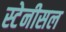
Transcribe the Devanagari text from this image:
स्टेनीसल